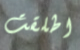
اطلقت